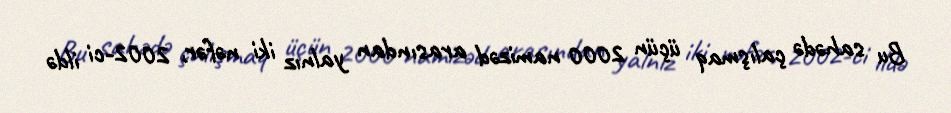
Bu sahədə çalışmaq üçün 2000 namizəd arasından yalnız iki nəfər, 2002-ci ildə